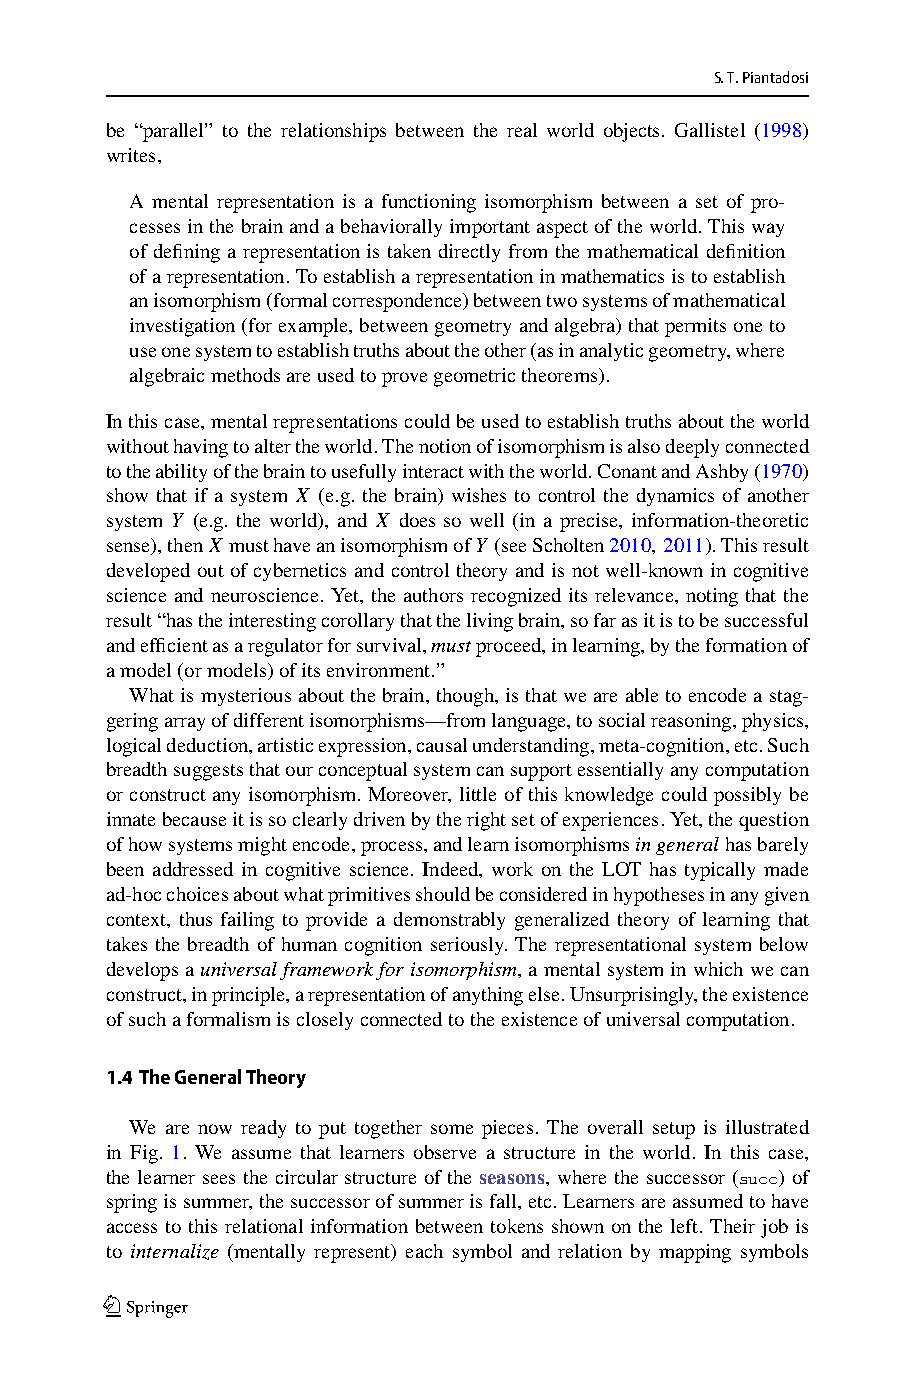
S.T.Piantadosi
 be “parallel” to the relationships between the real world objects. Gallistel (1998)
 writes,
 A mental representation is a functioning isomorphism between a set of pro-
 cessesinthebrainandabehaviorallyimportantaspectoftheworld.Thisway
 of defining a representation is taken directly from the mathematical definition
 ofarepresentation.Toestablisharepresentationinmathematicsistoestablish
 anisomorphism(formalcorrespondence)betweentwosystemsofmathematical
 investigation(forexample,betweengeometryandalgebra)thatpermitsoneto
 useonesystemtoestablishtruthsabouttheother(asinanalyticgeometry,where
 algebraicmethodsareusedtoprovegeometrictheorems).
 Inthiscase,mentalrepresentationscouldbeusedtoestablishtruthsabouttheworld
 withouthavingtoaltertheworld.Thenotionofisomorphismisalsodeeplyconnected
 totheabilityofthebraintousefullyinteractwiththeworld.ConantandAshby(1970)
 show that if a system X (e.g. the brain) wishes to control the dynamics of another
 system Y (e.g. the world), and X does so well (in a precise, information-theoretic
 sense),thenX musthaveanisomorphismofY (seeScholten2010, 2011).Thisresult
 developed out of cybernetics and control theory and is not well-known in cognitive
 science and neuroscience. Yet, the authors recognized its relevance, noting that the
 result“hastheinterestingcorollarythatthelivingbrain,sofarasitistobesuccessful
 andefficientasaregulatorforsurvival,mustproceed,inlearning,bytheformationof
 amodel(ormodels)ofitsenvironment.”
 Whatismysterious about thebrain,though, isthatweareabletoencode astag-
 geringarrayofdifferentisomorphisms—fromlanguage,tosocialreasoning,physics,
 logicaldeduction,artisticexpression,causalunderstanding,meta-cognition,etc.Such
 breadthsuggeststhatourconceptualsystemcansupportessentiallyanycomputation
 or construct any isomorphism. Moreover, little of this knowledge could possibly be
 innatebecauseitissoclearlydrivenbytherightsetofexperiences.Yet,thequestion
 ofhowsystemsmightencode,process,andlearnisomorphismsingeneralhasbarely
 been addressed in cognitive science. Indeed, work on the LOT has typically made
 ad-hocchoicesaboutwhatprimitivesshouldbeconsideredinhypothesesinanygiven
 context, thus failing to provide a demonstrably generalized theory of learning that
 takes the breadth of human cognition seriously. The representational system below
 develops auniversalframeworkforisomorphism,amentalsysteminwhichwecan
 construct,inprinciple,arepresentationofanythingelse.Unsurprisingly,theexistence
 ofsuchaformalismiscloselyconnectedtotheexistenceofuniversalcomputation.
 1.4 TheGeneralTheory
 We are now ready to put together some pieces. The overall setup is illustrated
 in Fig. 1. We assume that learners observe a structure in the world. In this case,
 the learner sees the circular structure of the seasons, where the successor (succ) of
 springissummer,thesuccessorofsummerisfall,etc.Learnersareassumedtohave
 access to this relational information between tokens shown on the left. Their job is
 to internalize (mentally represent) each symbol and relation by mapping symbols
 123